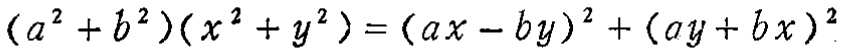
\((a^{2}+b^{2})(x^{2}+y^{2})=(ax - by)^{2}+(ay + bx)^{2}\)